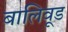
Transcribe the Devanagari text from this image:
बालिवूड